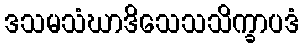
ဒသမသံဃာဒိသေသသိက္ခာပဒံ